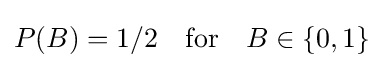
P(B)=1/2\quad {\text{for}}\quad B\in \{0,1\}